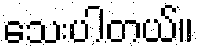
သေးပါတယ်။